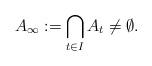
LaTeX: \begin{align*}A_\infty := \bigcap_{t \in I} A_t \ne \emptyset.\end{align*}